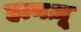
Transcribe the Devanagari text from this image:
हानज़ू